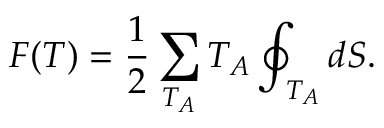
F ( T ) = \frac 1 2 \sum _ { T _ { A } } T _ { A } \oint _ { T _ { A } } d S .